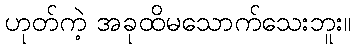
ဟုတ်ကဲ့ အခုထိမသောက်သေးဘူး။